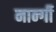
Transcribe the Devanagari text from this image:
नार्न्गी